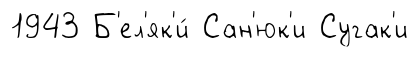
1943 Б'ел'як'и́ Сан'юк'и Сугак'и